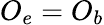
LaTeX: O_{e}=O_{b}